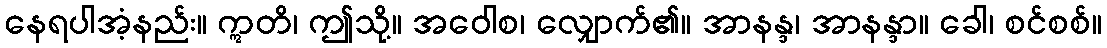
နေရပါအံ့နည်း။ ဣတိ၊ ဤသို့။ အဝေါစ၊ လျှောက်၏။ အာနန္ဒ၊ အာနန္ဒာ။ ခေါ၊ စင်စစ်။